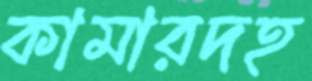
কামারদহ